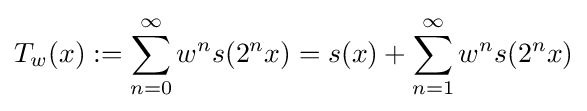
T_{w}(x):=\sum _{n=0}^{\infty }w^{n}s(2^{n}x)=s(x)+\sum _{n=1}^{\infty }w^{n}s(2^{n}x)